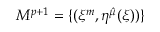
{ \cal M } ^ { p + 1 } = \{ ( \xi ^ { m } , \eta ^ { \hat { \mu } } ( \xi ) ) \}